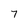
Character: 7